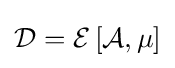
{\mathcal {D}}={\mathcal {E}}\left[{\mathcal {A}},\mu \right]